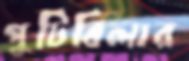
পুটিবিলার